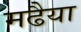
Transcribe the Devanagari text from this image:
मढैया